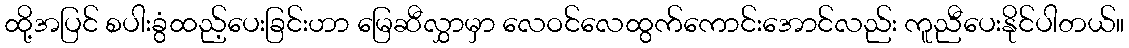
ထို့အပြင် စပါးခွံထည့်ပေးခြင်းဟာ မြေဆီလွှာမှာ လေဝင်လေထွက်ကောင်းအောင်လည်း ကူညီပေးနိုင်ပါတယ်။